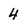
Character: 4